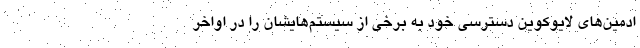
ادمین‌های لایوکوین دسترسی خود به برخی از سیستم‌هایشان را در اواخر